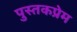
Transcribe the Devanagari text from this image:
पुस्तकप्रेम